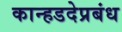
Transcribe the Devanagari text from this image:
कान्हडदेप्रबंध